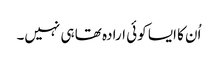
اُن کا ایسا کوئی ارادہ تھا ہی نہیں۔